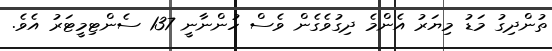
ތުންދިގު މަޑު މިޔަރު އެންމެ ދިގުވެގެން ވެސް ހުންނާނީ 137 ސެންޓިމީޓަރު އެވެ.